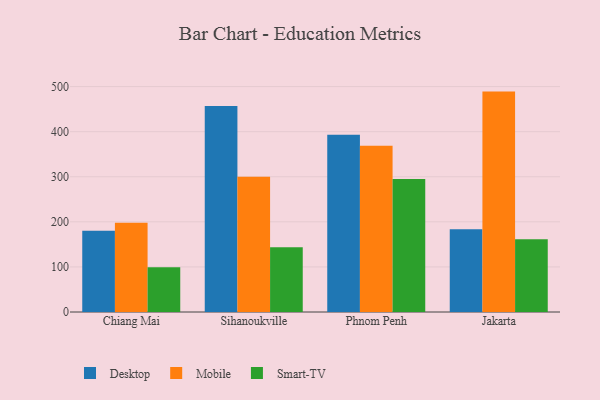
{"axis": {"x": "City", "y": "Bounce Rate (%)"}, "legend": ["Desktop", "Mobile", "Smart-TV"], "data": [{"x": "Chiang Mai", "y": 180.1, "type": "Desktop"}, {"x": "Chiang Mai", "y": 197.9, "type": "Mobile"}, {"x": "Chiang Mai", "y": 99.2, "type": "Smart-TV"}, {"x": "Sihanoukville", "y": 457.1, "type": "Desktop"}, {"x": "Sihanoukville", "y": 299.8, "type": "Mobile"}, {"x": "Sihanoukville", "y": 143.8, "type": "Smart-TV"}, {"x": "Phnom Penh", "y": 393.2, "type": "Desktop"}, {"x": "Phnom Penh", "y": 368.8, "type": "Mobile"}, {"x": "Phnom Penh", "y": 295.2, "type": "Smart-TV"}, {"x": "Jakarta", "y": 183.6, "type": "Desktop"}, {"x": "Jakarta", "y": 488.9, "type": "Mobile"}, {"x": "Jakarta", "y": 161.6, "type": "Smart-TV"}]}